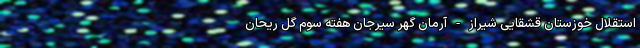
استقلال خوزستان قشقایی شیراز - آرمان گهر سیرجان هفته سوم گل ریحان